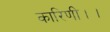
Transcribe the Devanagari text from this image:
कारिणी।।